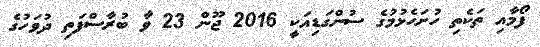
ފޯމާއި ތަކެތި ހުށަހެޅުމުގެ ސުންގަޑިއަކީ 2016 ޖޫން 23 ވާ ބުރާސްފަތި ދުވަހުގެ